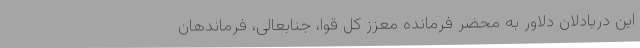
این دریادلان دلاور به محضر فرمانده معزز کل قوا، جنابعالی، فرماندهان